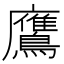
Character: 鷹